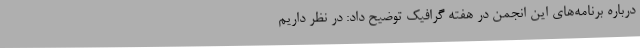
درباره برنامه‌های این انجمن در هفته گرافیک توضیح داد: در نظر داریم